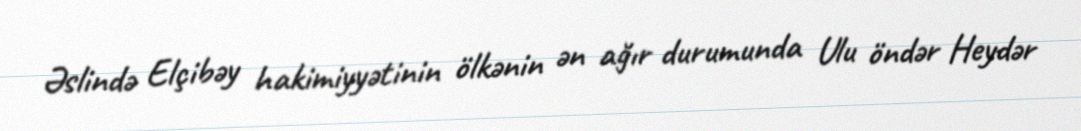
Əslində Elçibəy hakimiyyətinin ölkənin ən ağır durumunda Ulu öndər Heydər